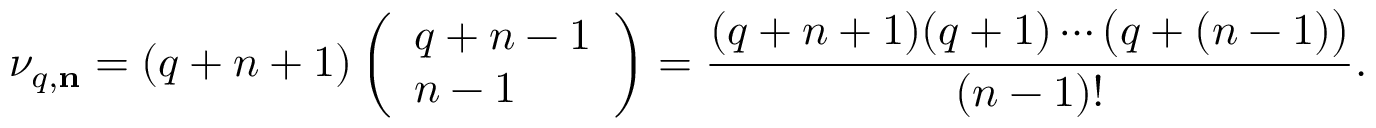
\nu _ { q , { \bf n } } = ( q + n + 1 ) \left( \begin{array} { l } { { q + n - 1 } } \\ { { n - 1 } } \end{array} \right) = { \frac { ( q + n + 1 ) ( q + 1 ) \cdots \bigl ( q + ( n - 1 ) \bigr ) } { ( n - 1 ) ! } } .